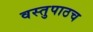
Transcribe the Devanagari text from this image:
वस्तुपाठच